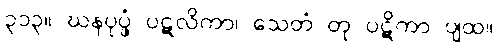
၃၁၃။ ဃနပုပ္ဖံ ပဋလိကာ၊ သေတံ တု ပဋိကာ ပျထ။